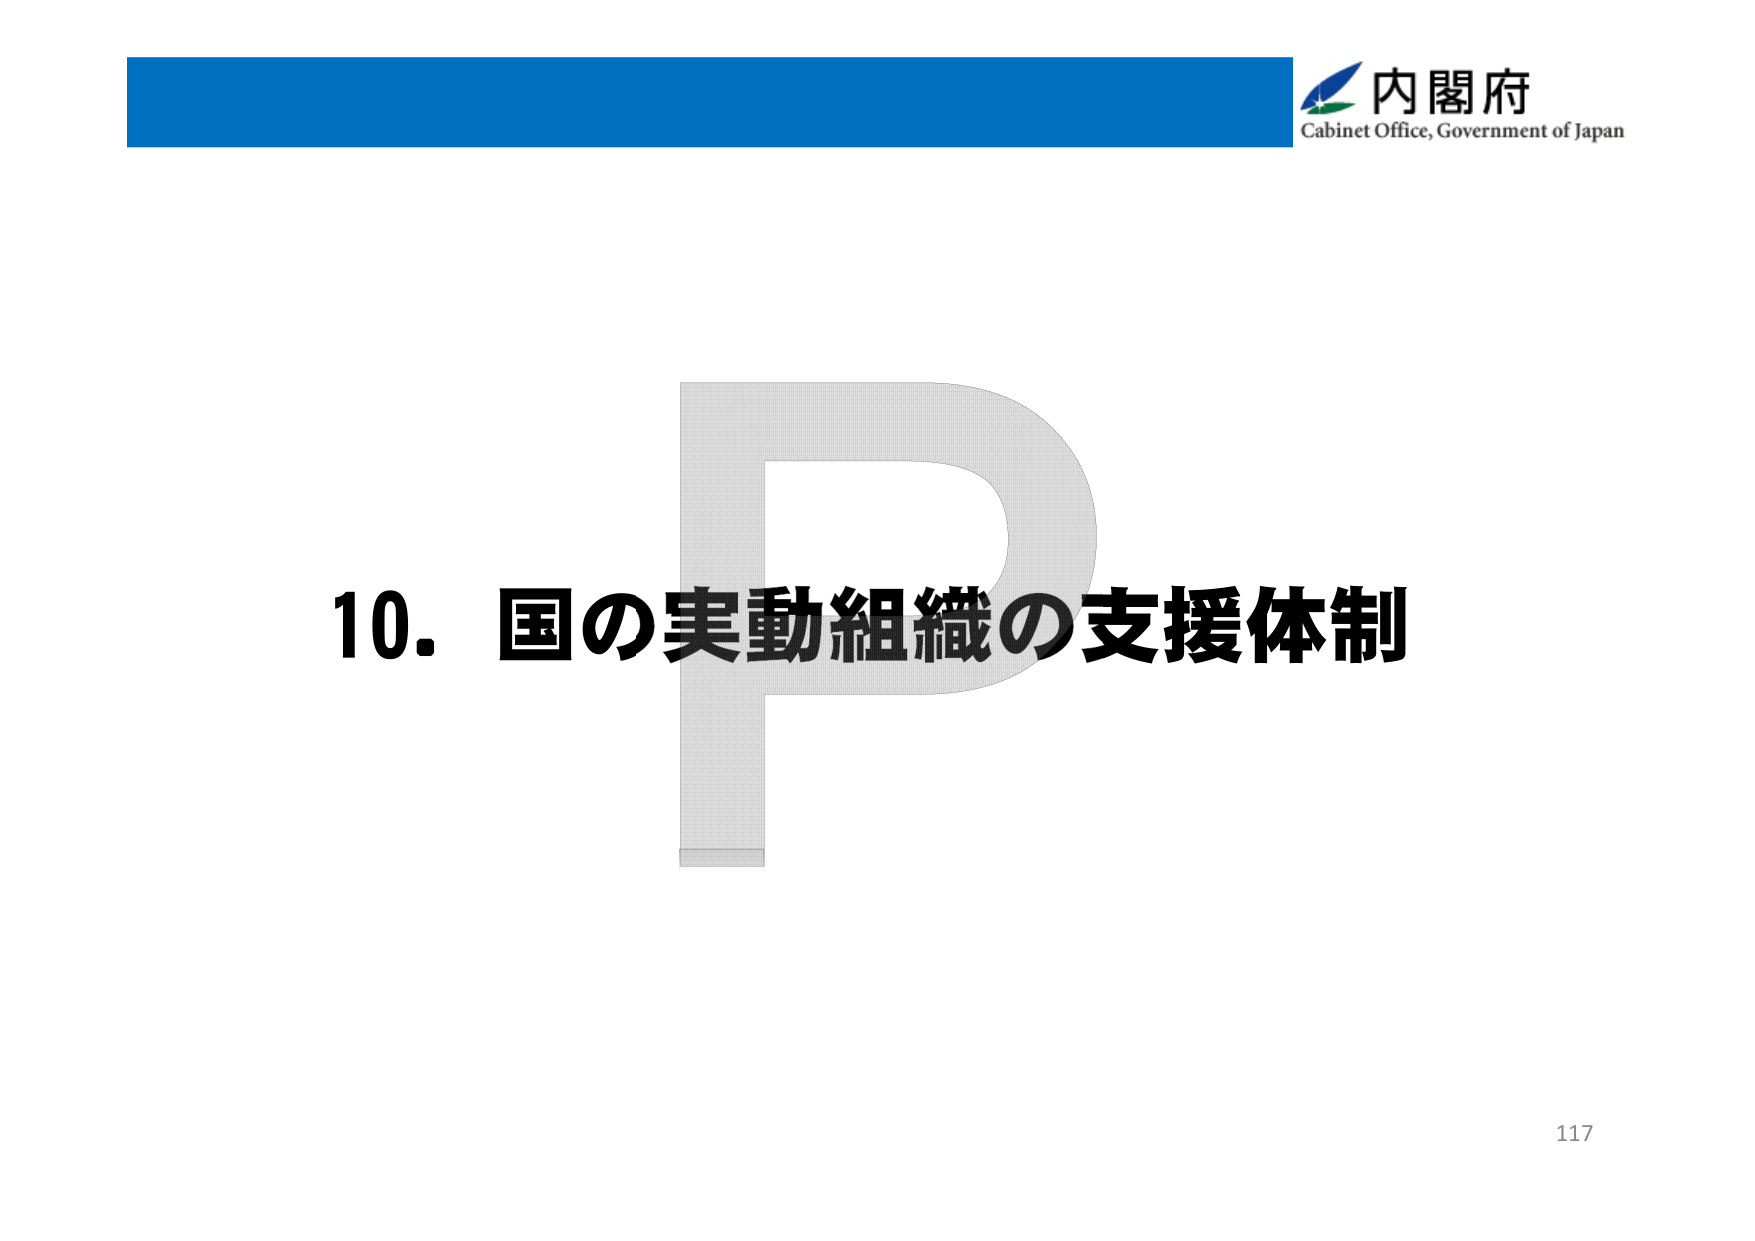
内閣府
Cabinet Office, Government of Japan
10. 国の実動組織の支援体制
117